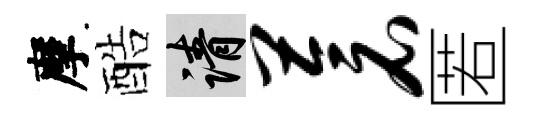
摩酷請苍匿